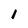
Character: 1